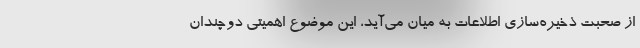
از صحبت ذخیره‌سازی اطلاعات به میان می‌آید، این موضوع اهمیتی دوچندان